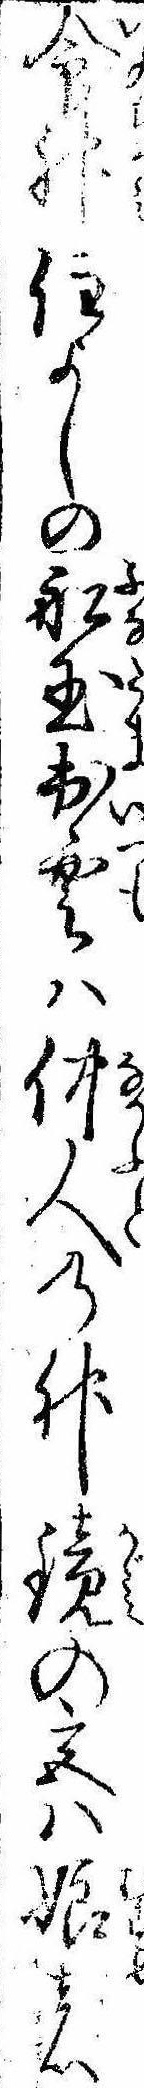
命神住よしの船玉出雲は仲人の神鏡の宮は娘の